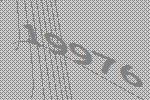
19976